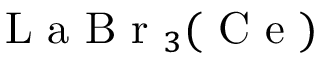
\mathrm { ~ L ~ a ~ B ~ r ~ } _ { 3 } ( \mathrm { ~ C ~ e ~ } )